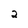
Character: 2